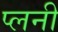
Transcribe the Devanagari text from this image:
प्लनी